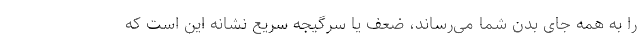
را به همه جای بدن شما می‌رساند، ضعف یا سرگیجه سریع نشانه این است که